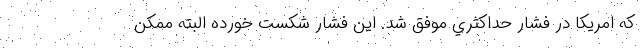
كه امريكا در فشار حداكثري موفق شد. اين فشار شكست خورده البته ممكن